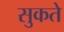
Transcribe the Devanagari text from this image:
सुकते